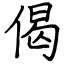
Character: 偈